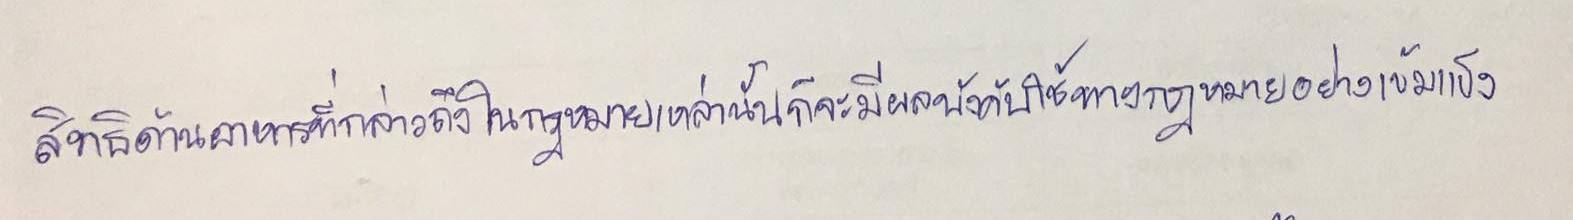
สิทธิด้านอาหารที่กล่าวถึงในกฎหมายเหล่านั้นก็จะมีผลบังคับใช้ทางกฎหมายอย่างเข้มแข็ง